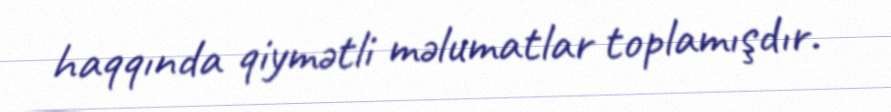
haqqında qiymətli məlumatlar toplamışdır.